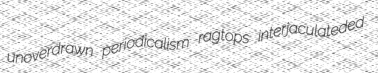
unoverdrawn periodicalism ragtops interjaculateded